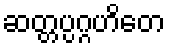
ဆတ္တပ္ပဂ္ဂဟိတေ